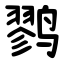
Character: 鹨